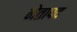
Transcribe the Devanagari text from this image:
नेतापद